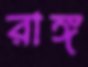
রাঙ্গ